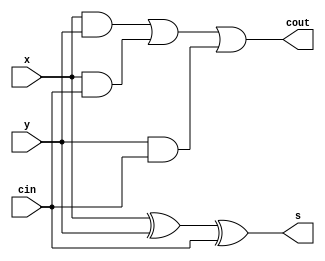
module FullAdderFunction(x, y, cin, cout, s);
input x,y,cin;
output cout, s;

assign cout = (x&y)|(x&cin)|(y&cin);
assign s = x^y^cin;
endmodule